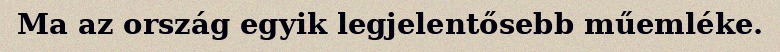
Ma az ország egyik legjelentősebb műemléke.